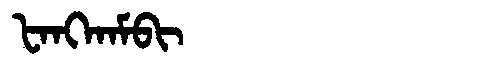
Manchu: ᡶᠠᠩᡴᠠᠮᠪᡳ
Romanization: FANGKAMBI